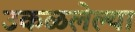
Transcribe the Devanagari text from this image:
उकळलेल्या